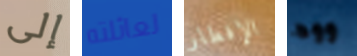
إلى لعائلته الإفطار ووه